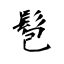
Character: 髱